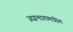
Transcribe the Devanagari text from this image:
अग्रभागामधील